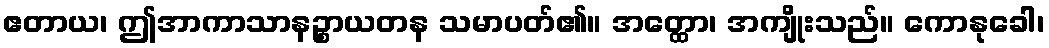
ဧတာယ၊ ဤအာကာသာနဉ္စာယတန သမာပတ်၏။ အတ္ထော၊ အကျိုးသည်။ ကောနုခေါ၊